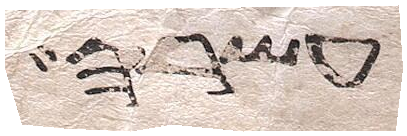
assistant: עשרה